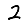
Digit: 2